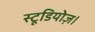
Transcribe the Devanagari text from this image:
स्टूडियोज़।